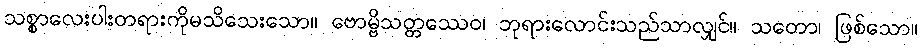
သစ္စာလေးပါးတရားကိုမသိသေးသော။ ဗောမ္ဗိသတ္တဿေဝ၊ ဘုရားလောင်းသည်သာလျှင်။ သတော၊ ဖြစ်သော။